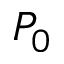
P _ { 0 }